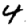
Digit: 4